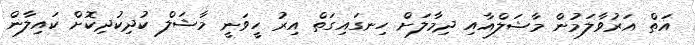
އަތް އަރުވާލަމުން މާޝަލްއާއި ދިމާލަށް ހިނގައިގަތް އިރު ހީވަނީ މާޝަލް ކުދިކުދިކޮށް ކައިލާން